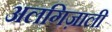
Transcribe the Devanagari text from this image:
अलगिज़ाली